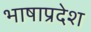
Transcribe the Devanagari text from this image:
भाषाप्रदेश